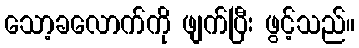
သော့ခလောက်ကို ဖျက်ပြီး ဖွင့်သည်။